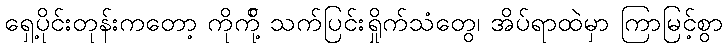
ရှေ့ပိုင်းတုန်းကတော့ ကိုကို့် သက်ပြင်းရှိုက်သံတွေ၊ အိပ်ရာထဲမှာ ကြာမြင့်စွာ